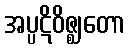
အပ္ပဋိဝိဇ္ဈတော